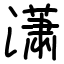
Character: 潇